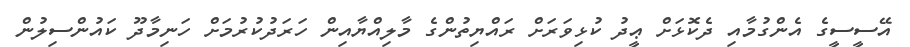
އޭސީސީގެ އެންގުމާއި ދެކޮޅަށް ޢީދު ކުޅިވަރަށް ރައްޔިތުންގެ މާލިއްޔާއިން ހަރަދުކުރުމަށް ހަނިމާދޫ ކައުންސިލުން